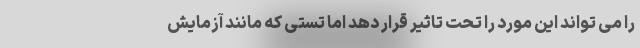
را می تواند این مورد را تحت تاثیر قرار دهد اما تستی که مانند آزمایش